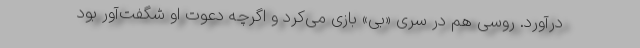
درآورد. روسی هم در سری «بی» بازی می‌کرد و اگرچه دعوت او شگفت‌آور بود